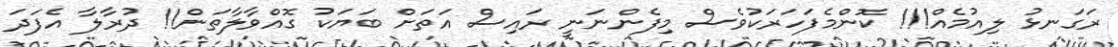
ރަގަނޅު ލިއުމެއް!!! ކޮންމެފަހަރަކުވެސް މިފެންނަނީ ރައިސް އަތަށް ބަޔަކު ގޮއްވާލާތަން!! ދުރާލާ އެފަދަ